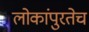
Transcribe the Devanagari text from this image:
लोकांपुरतेच